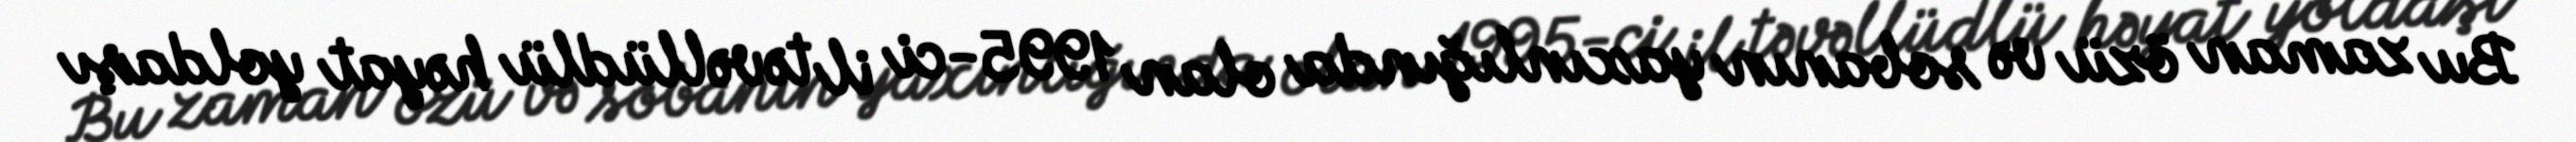
Bu zaman özü və sobanın yaxınlığında olan 1995-ci il təvəllüdlü həyat yoldaşı